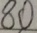
8 0